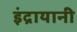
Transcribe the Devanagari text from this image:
इंद्रायानी